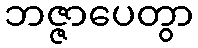
ဘဇ္ဇာပေတွာ